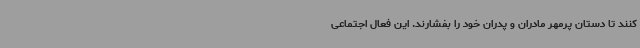
کنند تا دستان پرمهر مادران و پدران خود را بفشارند. این فعال اجتماعی